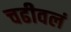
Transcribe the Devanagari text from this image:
चढीवलं